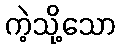
ကဲ့သို့သော